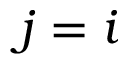
j = i